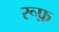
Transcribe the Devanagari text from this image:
रूफ़